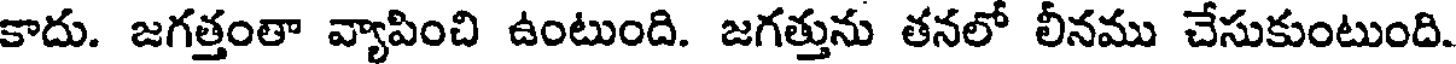
కాదు. జగత్తంతా వ్యాపించి ఉంటుంది. జగత్తును తనలో లీనము చేసుకుంటుంది.